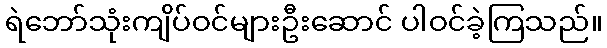
ရဲဘော်သုံးကျိပ်ဝင်များဦးဆောင် ပါဝင်ခဲ့ကြသည်။